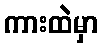
ကားထဲမှာ